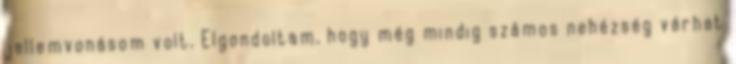
jellemvonásom volt. Elgondoltam, hogy még mindig számos nehézség várhat